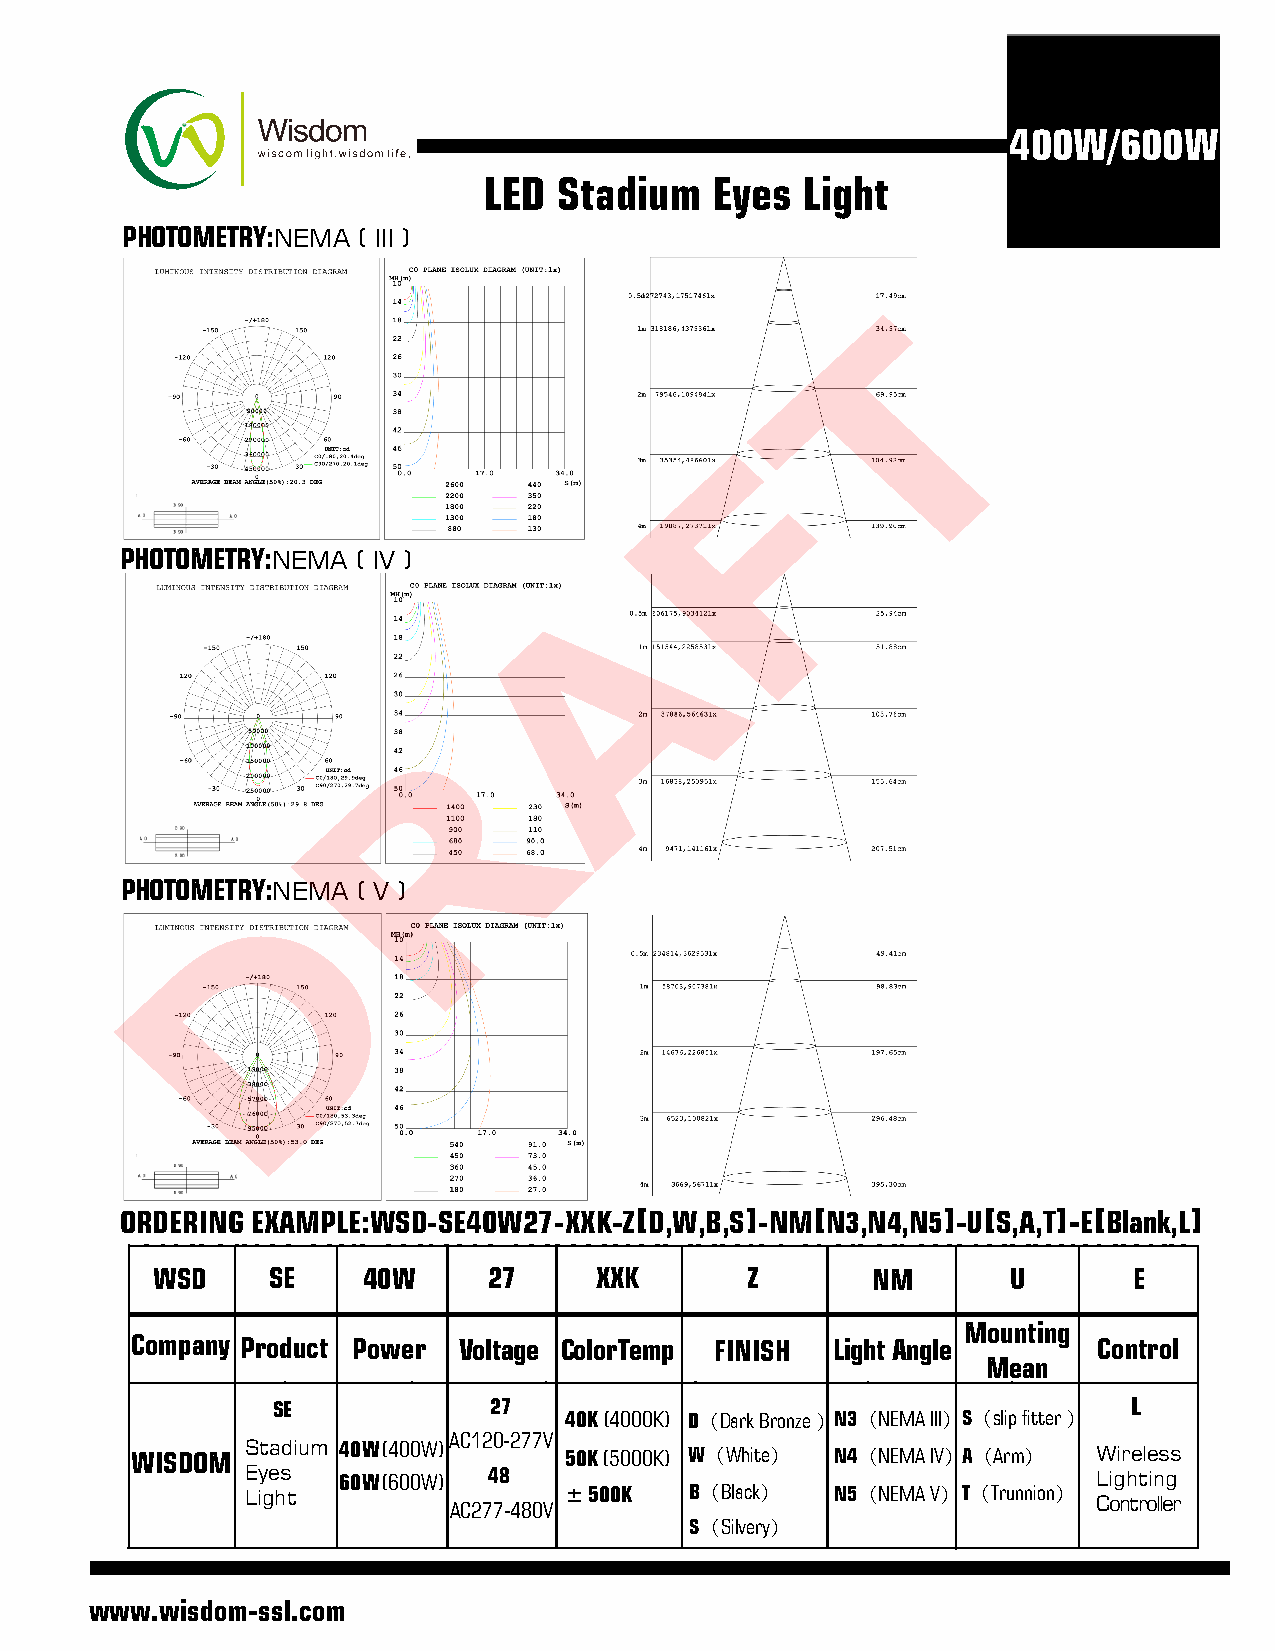
400W/600W
 LED  Stadium   Eyes  Light
 PHOTOMETRY:NEMA ( III )
 T
 F
 PHOTOMETRY:NEMA ( IV )
 A
 R
 PHOTOMETRYD:NEMA
 ( V )
 ORDERING EXAMPLE:WSD-SE40W27-XXK-Z[D,W,B,S]-NM[N3,N4,N5]-U[S,A,T]-E[Blank,L]
 W SD    SE    40W     27     XXK       Z        NM       U       E
 Mounting
 Company Product Power Voltage Color Temp FINISH Light Angle     Control
 Mean
 SE            27                                         L
 40K (4000K) D（Dark Bronze）N3（NEMA III）S（slip fitter）
 AC120-277V
 WISDOM Stadium 4 0 W (400W) 50K (5000K) W（White） N4（NEMA IV）A（Arm） Wireless
 Eyes  6 0 W (600W) 48                                    Lighting
 Light         AC277-480V ± 500K B（Black） N5（NEMA V）T（Trunnion） Controller
 S（Silvery）
 www.wisdom-ssl.com